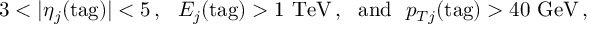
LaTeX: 3 < | \eta _ { j } ( \mathrm { t a g } ) | < 5 \, , \ \ E _ { j } ( \mathrm { t a g } ) > 1 ~ \mathrm { T e V } \, , \ \ \mathrm { a n d } \ \ p _ { T j } ( \mathrm { t a g } ) > 4 0 ~ \mathrm { G e V } \, ,